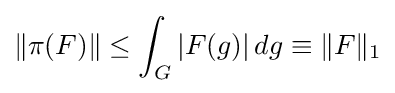
\|\pi (F)\|\leq \int _{G}|F(g)|\,dg\equiv \|F\|_{1}